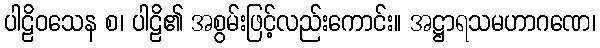
ပါဠိဝသေန စ၊ ပါဠိ၏ အစွမ်းဖြင့်လည်းကောင်း။ အဋ္ဌာရသမဟာဂဏေ၊